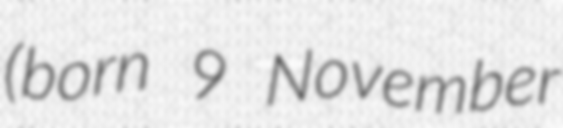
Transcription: (born 9 November